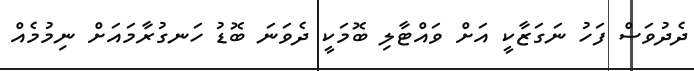
ދެދުވަސް ފަހު ނަގަޒާކީ އަށް ވައްޓާލި ބޮމަކީ ދެވަނަ ބޮޑު ހަނގުރާމައަށް ނިމުމެއް